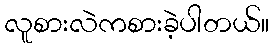
လူစားလဲကစားခဲ့ပါတယ်။